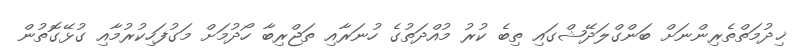
ޚިދުމަތްތެރިންނަށް ބަންގްލަދޭޝްގައި ތިބެ ކުރު މުއްދަތުގެ ހުނަރާއި ތަޖްރިބާ ހޯދުމަށް މަގުފަހިކުރުމާއި ގުޅޭގޮތުން